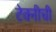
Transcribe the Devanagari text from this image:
टेक्नीची